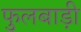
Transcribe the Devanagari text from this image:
फुलबाड़ी